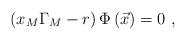
LaTeX: \begin{align*}\left( x_{M}\Gamma _{M}-r\right) \Phi \left( \vec{x}\right) =0\ ,\end{align*}